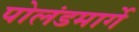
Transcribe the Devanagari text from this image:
पोलंडमार्गे